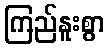
ကြည်နူးစွာ